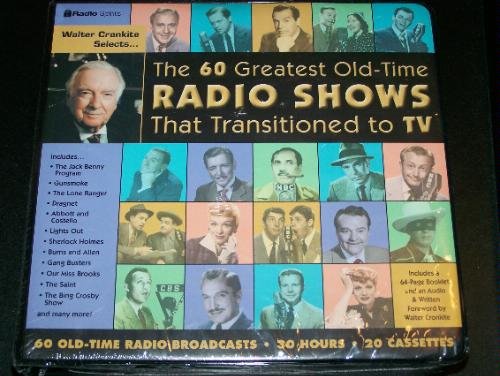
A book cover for Walter Cronkite Selects: The 60 Greatest Old-Time Radio Shows That Transitioned to TV  (20 cassettes, 30 hours); Humor & Entertainment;